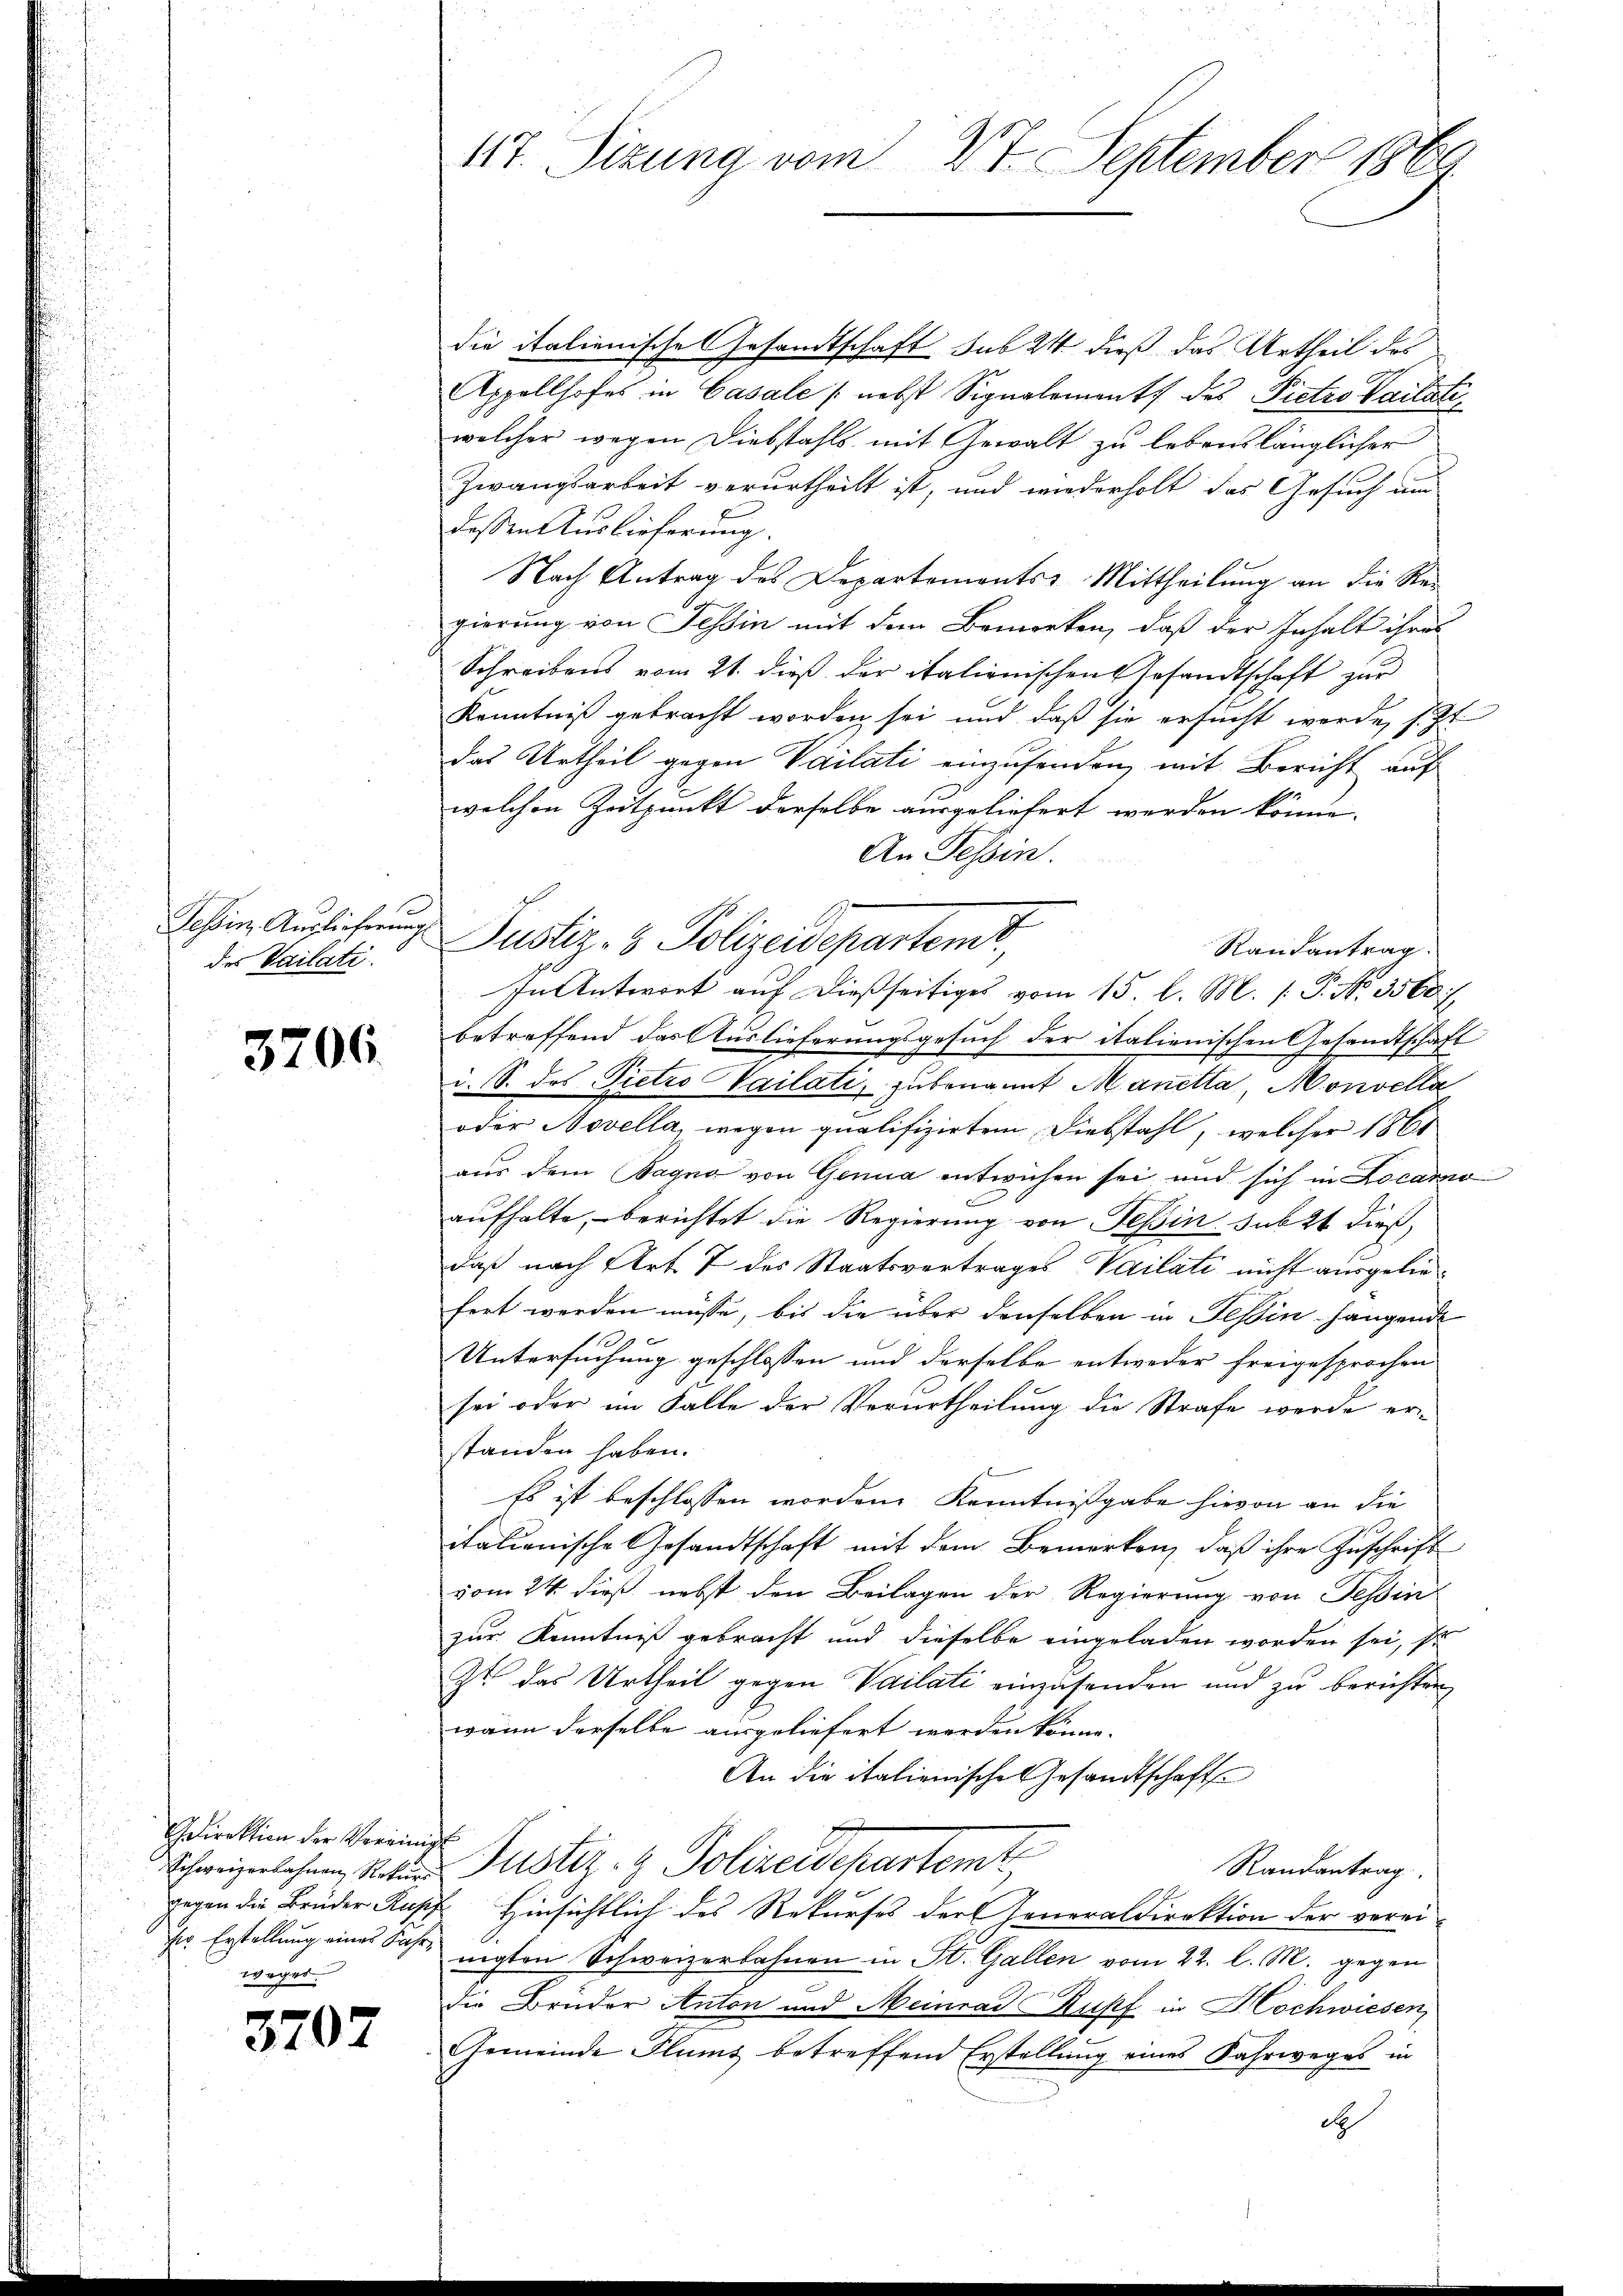
f
Tessin Auslieferung
des Vailati

3706.

direktion der Vereinig
wegen

3702

47. Sizung vom 27. September 1864.

die italienische Gesandtschaft sub 24 dieß das Urtheil des
Appellhofes in Casale nebst Signalement des Pietro Vailati
welcher wegen Diebstahls mit Gewalt zu lebenslänglicher
Zwangsarbeit verurtheilt ist, und wiederholt das Gesuch um
dessen Auslieferung.
Nach Antrag des Departements-Mittheilung an die Regierung von Tessin mit dem Bemerken, daß der Inhalt ihres
Schreibens vom 21. dieß der italienischen Gesandtschaft zur
Kenntniß gebracht worden sei und daß sie ersucht werde, s. Zt
das Urtheil gegen Vailati einzusenden, mit Bericht auf
welchen Zeitpunkt derselbe ausgeliefert werden könne.
An Tessin.
Justiz- & Polizeidepartemt,
Randantrag.
In Antwort auf dießseitiges vom 15. l. M. P. Nr. 3500 f
betreffend das Auslieferungsgesuch der italienischen Gesandtschaft
i. S. des Pietro Vailati, zubenannt Manetta, Monvella
oder Novella, wegen qualifizirten Diebstahl, welcher 1861
aus dem Bagno von Genua entwichen sei und sich in Locarno
aufhalte, – berichtet die Regierung von Tessin sub 2t dieß,
daß nach Art. 7 des Staatsvertrages Vailati nicht ausgeliefert worden müsse, bis die über denselben in Tessin hängende
Untersuchung geschlossen und derselbe entweder freigesprochen
sei oder im Falle der Verurtheilung die Strafe werde er
standen haben.
Es ist beschlossen worden. Kenntnißgabe hievon an die
italienische Gesandtschaft mit dem Bemerken, daß ihre Zuschrift
vom 24. dieß nebst den Beilagen der Regierung von Tessin
zur Kenntniß gebracht und dieselbe eingeladen worden sei, s
zt das Urtheil gegen Vailati einzusenden und zu berichten
wann derselbe ausgeliefert werden könne.
An die italienische Gesandtschafts
Schweizerlehen Vater Justiz- & Polizeidepartemt
Randantrag
gegen die Brüder Kupf Hinsichtlich des Rekurses der Generaldirektion der verei-
r Erstellŭng eines Fahr, nigten Schweizerbahnen in St. Gallen vom 22. l. M. gegen
die Brüder Anton und Meinrad Rupf in Hochwiesen,
Gemeinde Plums betreffend Erstellung eines Fahrweges in
de